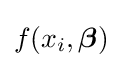
f(x_{i},{\boldsymbol {\beta }})